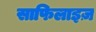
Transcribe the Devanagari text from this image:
साफिलाइज़